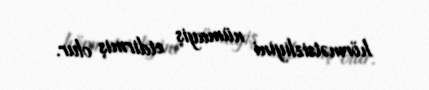
hörmətsizliyini nümayiş etdirmiş olur.